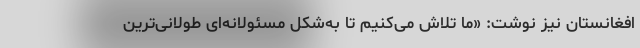
افغانستان نیز نوشت: «ما تلاش می‌کنیم تا به‌شکل مسئولانه‌ای طولانی‌ترین